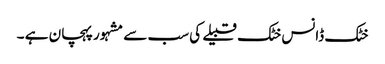
خٹک ڈانس خٹک قبیلے کی سب سے مشہور پہچان ہے ۔